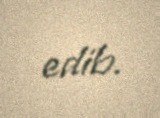
edib.